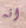
انه